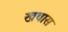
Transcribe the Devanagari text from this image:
खवास